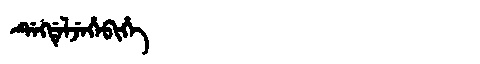
Manchu: ᡩᡝᡴᡩᡝᠯᠵᡝᡥᡝᠪᡳᡥᡝ
Romanization: DEKDELJEHEBIHE